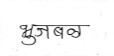
मजकूर: भुजबळ